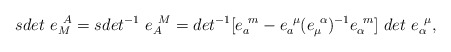
\begin{align*}{sdet}~e^{~A}_M={sdet}^{-1}~e^{~M}_A=det^{-1}[e^{~m}_a-e^{~\mu}_a(e^{~\alpha}_\mu)^{-1}e^{~m}_\alpha]~det~e^{~\mu}_\alpha,\end{align*}